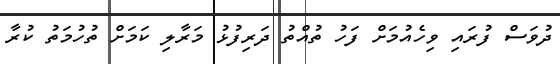
ދުވަސް ފުރައި ވިހެއުމަށް ފަހު ތުއްތު ދަރިފުޅު މަރާލި ކަމަށް ތުހުމަތު ކުރާ